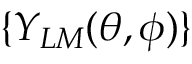
\{ Y _ { L M } ( \theta , \phi ) \}